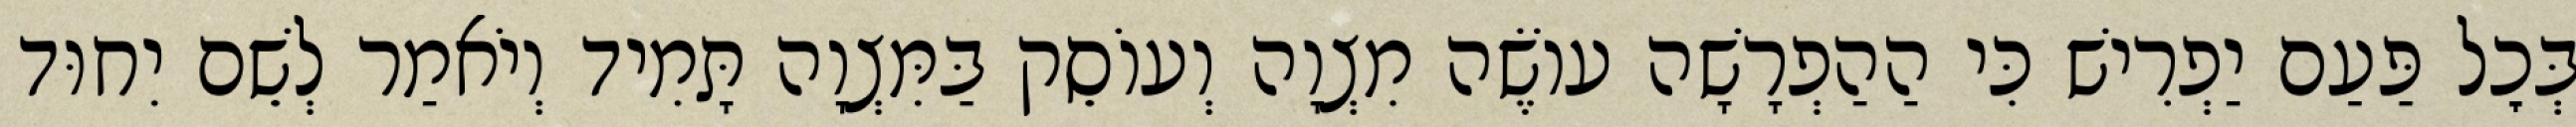
בְּכׇל פַּעַם יַפְרִישׁ כִּי הַהַפְרָשָׁה עוֹשֶׂה מִצְוָה וְעוֹסֵק בַּמִּצְוָה תָּמִיד וְיֹאמַר לְשֵׁם יִחוּד